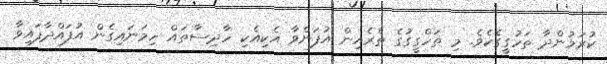
ކުރަމުންދާ ތަހުގީގެކެވެ. މި ތަހްގީގުގެ ތެރެއިން އުފަންވާ އެކިއެކި ހާދިސާތައް ހިމަނައިގެން އުފައްދާފައިވާ